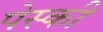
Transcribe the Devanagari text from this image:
पेस्की